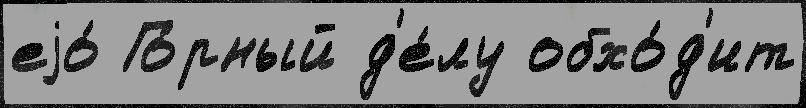
еjо́ Го́рный д'е́лу обхо́д'ит